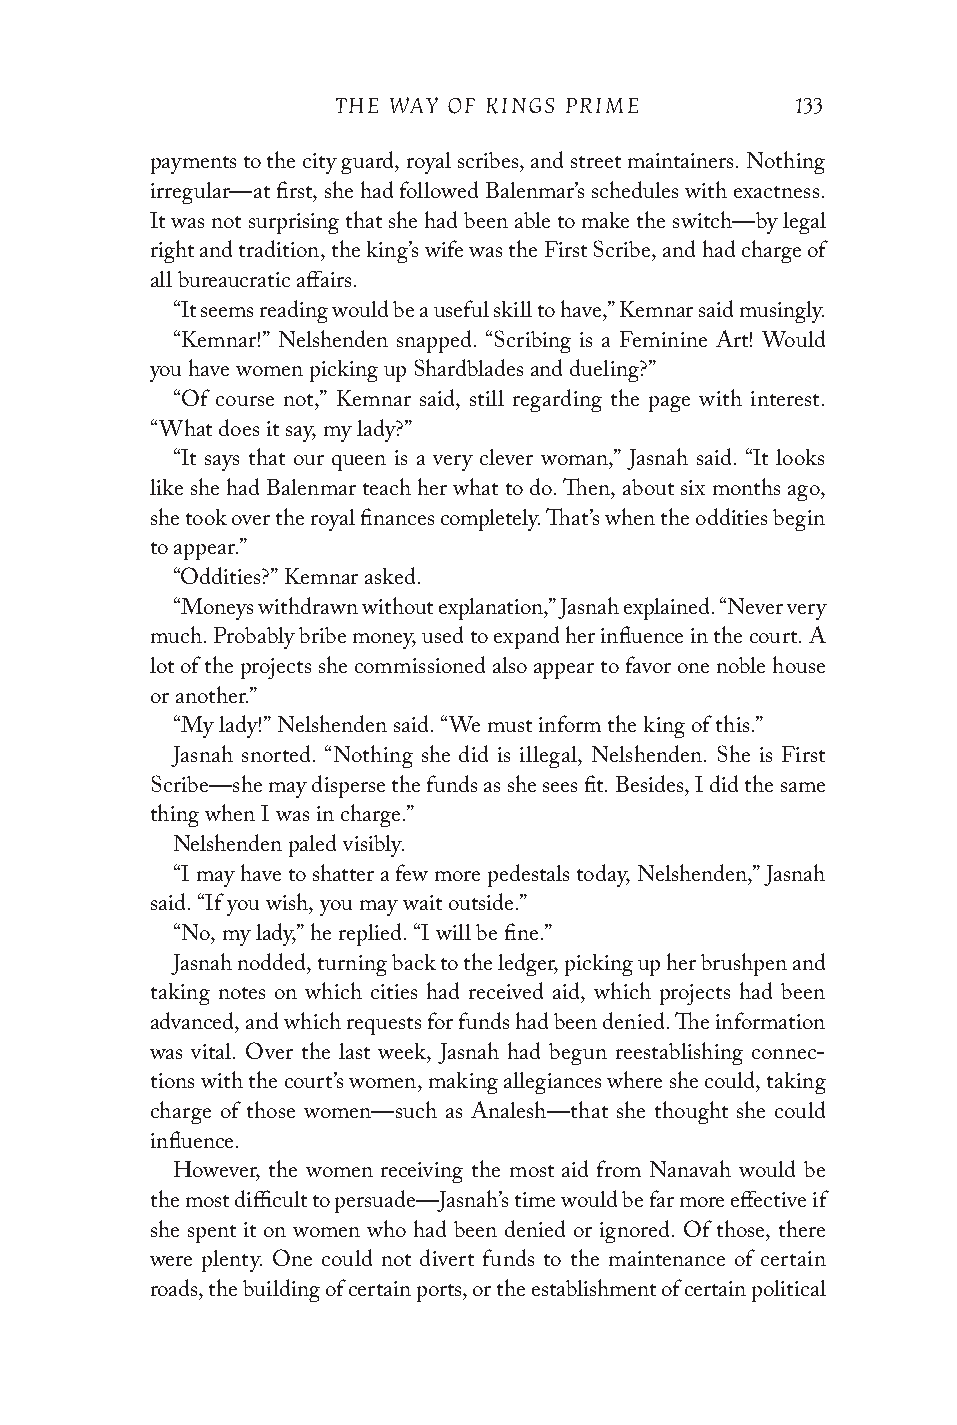
THE WAY OF KINGS PRIME         133
 payments to the city guard, royal scribes, and street maintainers. Nothing
 irregular—at first, she had followed Balenmar’s schedules with exactness.
 It was not surprising that she had been able to make the switch—by legal
 right and tradition, the king’s wife was the First Scribe, and had charge of
 all bureaucratic affairs.
 “It seems reading would be a useful skill to have,” Kemnar said musingly.
 “Kemnar!” Nelshenden snapped. “Scribing is a Feminine Art! Would
 you have women picking up Shardblades and dueling?”
 “Of course not,” Kemnar said, still regarding the page with interest.
 “What does it say, my lady?”
 “It says that our queen is a very clever woman,” Jasnah said. “It looks
 like she had Balenmar teach her what to do. Then, about six months ago,
 she took over the royal finances completely. That’s when the oddities begin
 to appear.”
 “Oddities?” Kemnar asked.
 “Moneys withdrawn without explanation,” Jasnah explained. “Never very
 much. Probably bribe money, used to expand her influence in the court. A
 lot of the projects she commissioned also appear to favor one noble house
 or another.”
 “My lady!” Nelshenden said. “We must inform the king of this.”
 Jasnah snorted. “Nothing she did is illegal, Nelshenden. She is First
 Scribe—she may disperse the funds as she sees fit. Besides, I did the same
 thing when I was in charge.”
 Nelshenden paled visibly.
 “I may have to shatter a few more pedestals today, Nelshenden,” Jasnah
 said. “If you wish, you may wait outside.”
 “No, my lady,” he replied. “I will be fine.”
 Jasnah nodded, turning back to the ledger, picking up her brushpen and
 taking notes on which cities had received aid, which projects had been
 advanced, and which requests for funds had been denied. The information
 was vital. Over the last week, Jasnah had begun reestablishing connec-
 tions with the court’s women, making allegiances where she could, taking
 charge of those women—such as Analesh—that she thought she could
 influence.
 However, the women receiving the most aid from Nanavah would be
 the most difficult to persuade—Jasnah’s time would be far more effective if
 she spent it on women who had been denied or ignored. Of those, there
 were plenty. One could not divert funds to the maintenance of certain
 roads, the building of certain ports, or the establishment of certain political